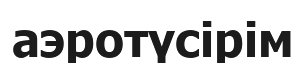
аэротүсірім